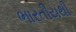
ભારતીયથી